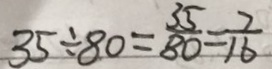
3 5 \div 8 0 = \frac { 3 5 } { 8 0 } = \frac { 7 } { 1 6 }